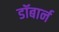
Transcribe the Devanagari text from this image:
डॉबार्न